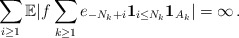
\begin{align*}\sum_{i\geq1}{\mathbb{E}}|f\sum_{k\geq1}e_{-N_{k}+i}\mathbf{1}_{i\leq N_{k}}\mathbf{1}_{A_{k}}|=\infty\,. \end{align*}